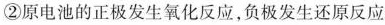
②原电池的正极发生氧化反应，负极发生还原反应